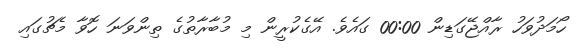
ހޯމަދުވަހު ރާއްޖޭގަޑިން 00:00 ގައެވެ. އޭގެކުރީން މި މުބާރާތުގެ ތިންވަނަ ހޮވާ މެޗުގައި